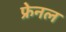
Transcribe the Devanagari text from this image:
फ्रेनल